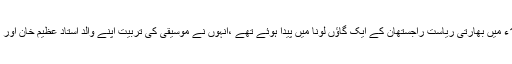
سنگیت کی دنیا میں کئی دہائیوں تک راج کرنے والے مہدی حسن 1927ء میں بھارتی ریاست راجستھان کے ایک گاؤں لونا میں پیدا ہوئے تھے ،انہوں نے موسیقی کی تربیت اپنے والد استاد عظیم خان اور اپنے چچا استاد اسماعیل خان سے حاصل کی، جو کلاسیکل موسیقار تھے۔